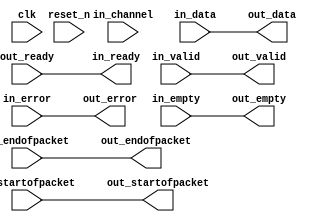
// --------------------------------------------------------------------------------
//| Avalon Streaming Channel Adapter
// --------------------------------------------------------------------------------

`timescale 1ns / 100ps
module nios_system_avalon_st_adapter_channel_adapter_0 (
    
      // Interface: clk
      input              clk,
      // Interface: reset
      input              reset_n,
      // Interface: in
      output reg         in_ready,
      input              in_valid,
      input      [31: 0] in_data,
      input      [ 1: 0] in_channel,
      input      [ 5: 0] in_error,
      input              in_startofpacket,
      input              in_endofpacket,
      input      [ 1: 0] in_empty,
      // Interface: out
      input              out_ready,
      output reg         out_valid,
      output reg [31: 0] out_data,
      output reg [ 5: 0] out_error,
      output reg         out_startofpacket,
      output reg         out_endofpacket,
      output reg [ 1: 0] out_empty
);


   reg          out_channel;

   // ---------------------------------------------------------------------
   //| Payload Mapping
   // ---------------------------------------------------------------------
   always @* begin
      in_ready = out_ready;
      out_valid = in_valid;
      out_data = in_data;
      out_error = in_error;
      out_startofpacket = in_startofpacket;
      out_endofpacket = in_endofpacket;
      out_empty = in_empty;

      out_channel = in_channel       ;
   end

endmodule